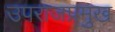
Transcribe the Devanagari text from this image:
उपराजप्रमुख